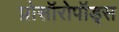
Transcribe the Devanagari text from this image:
प्रोसॉरोपॉड्स